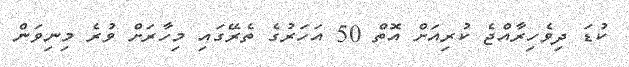
ކުޑަ ދިވެހިރާއްޖެ ކުރިއަށް އޮތް 50 އަހަރުގެ ތެރޭގައި މިހާރަށް ވުރެ މިނިވަން